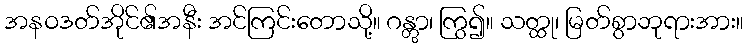
အနဝဒတ်အိုင်၏အနီး အင်ကြင်းတောသို့။ ဂန္တွာ၊ ကြွ၍။ သတ္ထု၊ မြတ်စွာဘုရားအား။